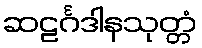
ဆဠင်္ဂဒါနသုတ္တံ